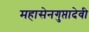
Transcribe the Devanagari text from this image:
महासेनगुप्तादेवी